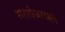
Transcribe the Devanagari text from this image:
सरायेजलाल